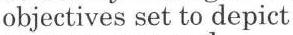
objectives set to depict